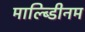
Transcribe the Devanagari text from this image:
माल्ब्डिीनम